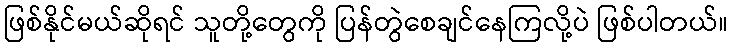
ဖြစ်နိုင်မယ်ဆိုရင် သူတို့တွေကို ပြန်တွဲစေချင်နေကြလို့ပဲ ဖြစ်ပါတယ်။